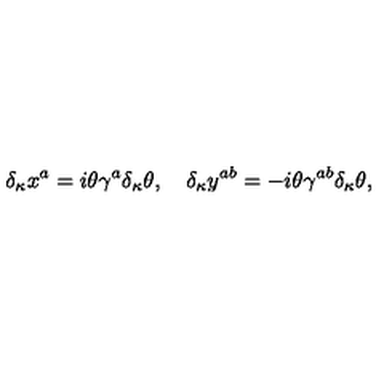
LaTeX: \delta _ { \kappa } x ^ { a } = i \theta \gamma ^ { a } \delta _ { \kappa } \theta , \quad \delta _ { \kappa } y ^ { a b } = - i \theta \gamma ^ { a b } \delta _ { \kappa } \theta ,